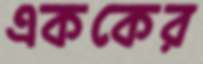
এককের